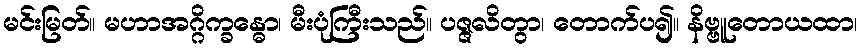
မင်းမြတ်။ မဟာအဂ္ဂိက္ခန္ဓော၊ မီးပုံကြီးသည်။ ပဇ္ဇလိတွာ၊ တောက်ပ၍။ နိဗ္ဗူတောယထာ၊